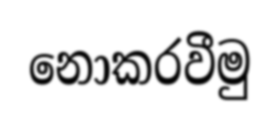
නොකරවීමු